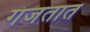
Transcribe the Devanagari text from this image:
गंजतात